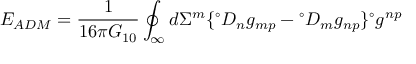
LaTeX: E _ { A D M } = \frac { 1 } { 1 6 \pi G _ { 1 0 } } \oint _ { \infty } d \Sigma ^ { m } \lbrace { } ^ { \circ } D _ { n } g _ { m p } - { } ^ { \circ } D _ { m } g _ { n p } \rbrace { } ^ { \circ } g ^ { n p }